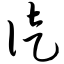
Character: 徒